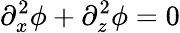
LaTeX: \partial_{x}^{2}\phi+\partial_{z}^{2}\phi=0